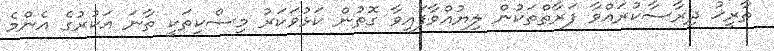
ތާރީޚު ދިރާސާކުރައްވާ ފަރާތްތަކުން ލިޔުއްވާފައިވާ ގޮތުން ކަޅުވަކަރު މިސްކިތަކީ ތާނަ އަކުރުގެ އެންމެ